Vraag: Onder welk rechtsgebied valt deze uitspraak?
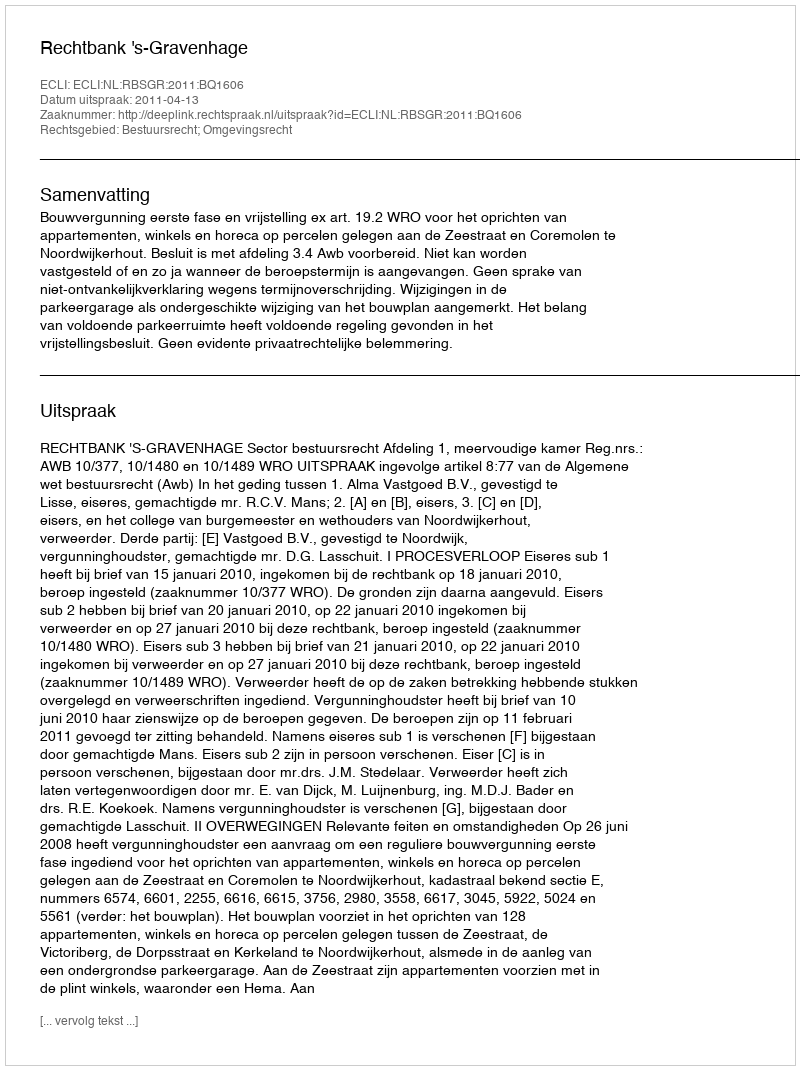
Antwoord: Bestuursrecht; Omgevingsrecht